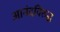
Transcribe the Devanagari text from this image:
आनंदविरुद्ध